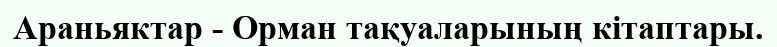
Араньяктар - Орман тақуаларының кітаптары.